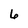
Character: 6